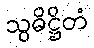
သွဓိဋ္ဌိတံ